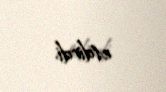
etdirdi.